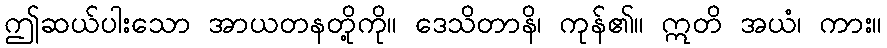
ဤဆယ်ပါးသော အာယတနတို့ကို။ ဒေသိတာနိ၊ ကုန်၏။ ဣတိ အယံ၊ ကား။